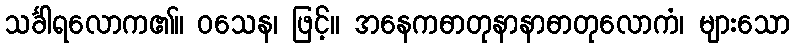
သင်္ခါရလောက၏။ ဝသေန၊ ဖြင့်။ အနေကဓာတုနာနာဓာတုလောကံ၊ များသော